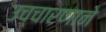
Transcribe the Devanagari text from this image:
उच्चारणाने